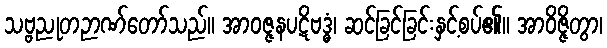
သဗ္ဗညုတဉာဏ်တော်သည်။ အာဝဇ္ဇနပဋိဗဒ္ဓံ၊ ဆင်ခြင်ခြင်းနှင့်စပ်၏။ အာဝိဇ္ဇိတွာ၊